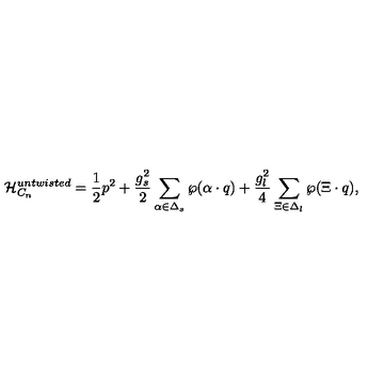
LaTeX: { \cal H } _ { C _ { n } } ^ { u n t w i s t e d } = { \frac { 1 } { 2 } } p ^ { 2 } + { \frac { g _ { s } ^ { 2 } } { 2 } } \sum _ { \alpha \in \Delta _ { s } } \wp ( \alpha \cdot q ) + { \frac { g _ { l } ^ { 2 } } { 4 } } \sum _ { \Xi \in \Delta _ { l } } \wp ( \Xi \cdot q ) ,